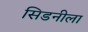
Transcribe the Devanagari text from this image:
सिडनीला